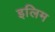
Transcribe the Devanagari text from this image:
इलिम